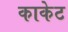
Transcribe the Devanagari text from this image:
काकेट